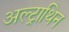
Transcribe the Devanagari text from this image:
अल्ट्राथिन